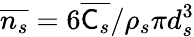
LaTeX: \overline{{n_{s}}}=6\overline{{\mathsf{C}_{s}}}/\rho_{s}\pi d_{s}^{3}